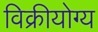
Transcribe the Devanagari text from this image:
विक्रीयोग्य